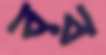
বর